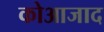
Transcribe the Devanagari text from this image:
कोआजाद